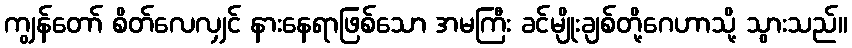
ကျွန်တော် စိတ်လေလျှင် နားနေရာဖြစ်သော အမကြီး ခင်မျိုးချစ်တို့ဂေဟာသို့ သွားသည်။